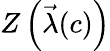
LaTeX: Z\left(\vec{\lambda}(c)\right)